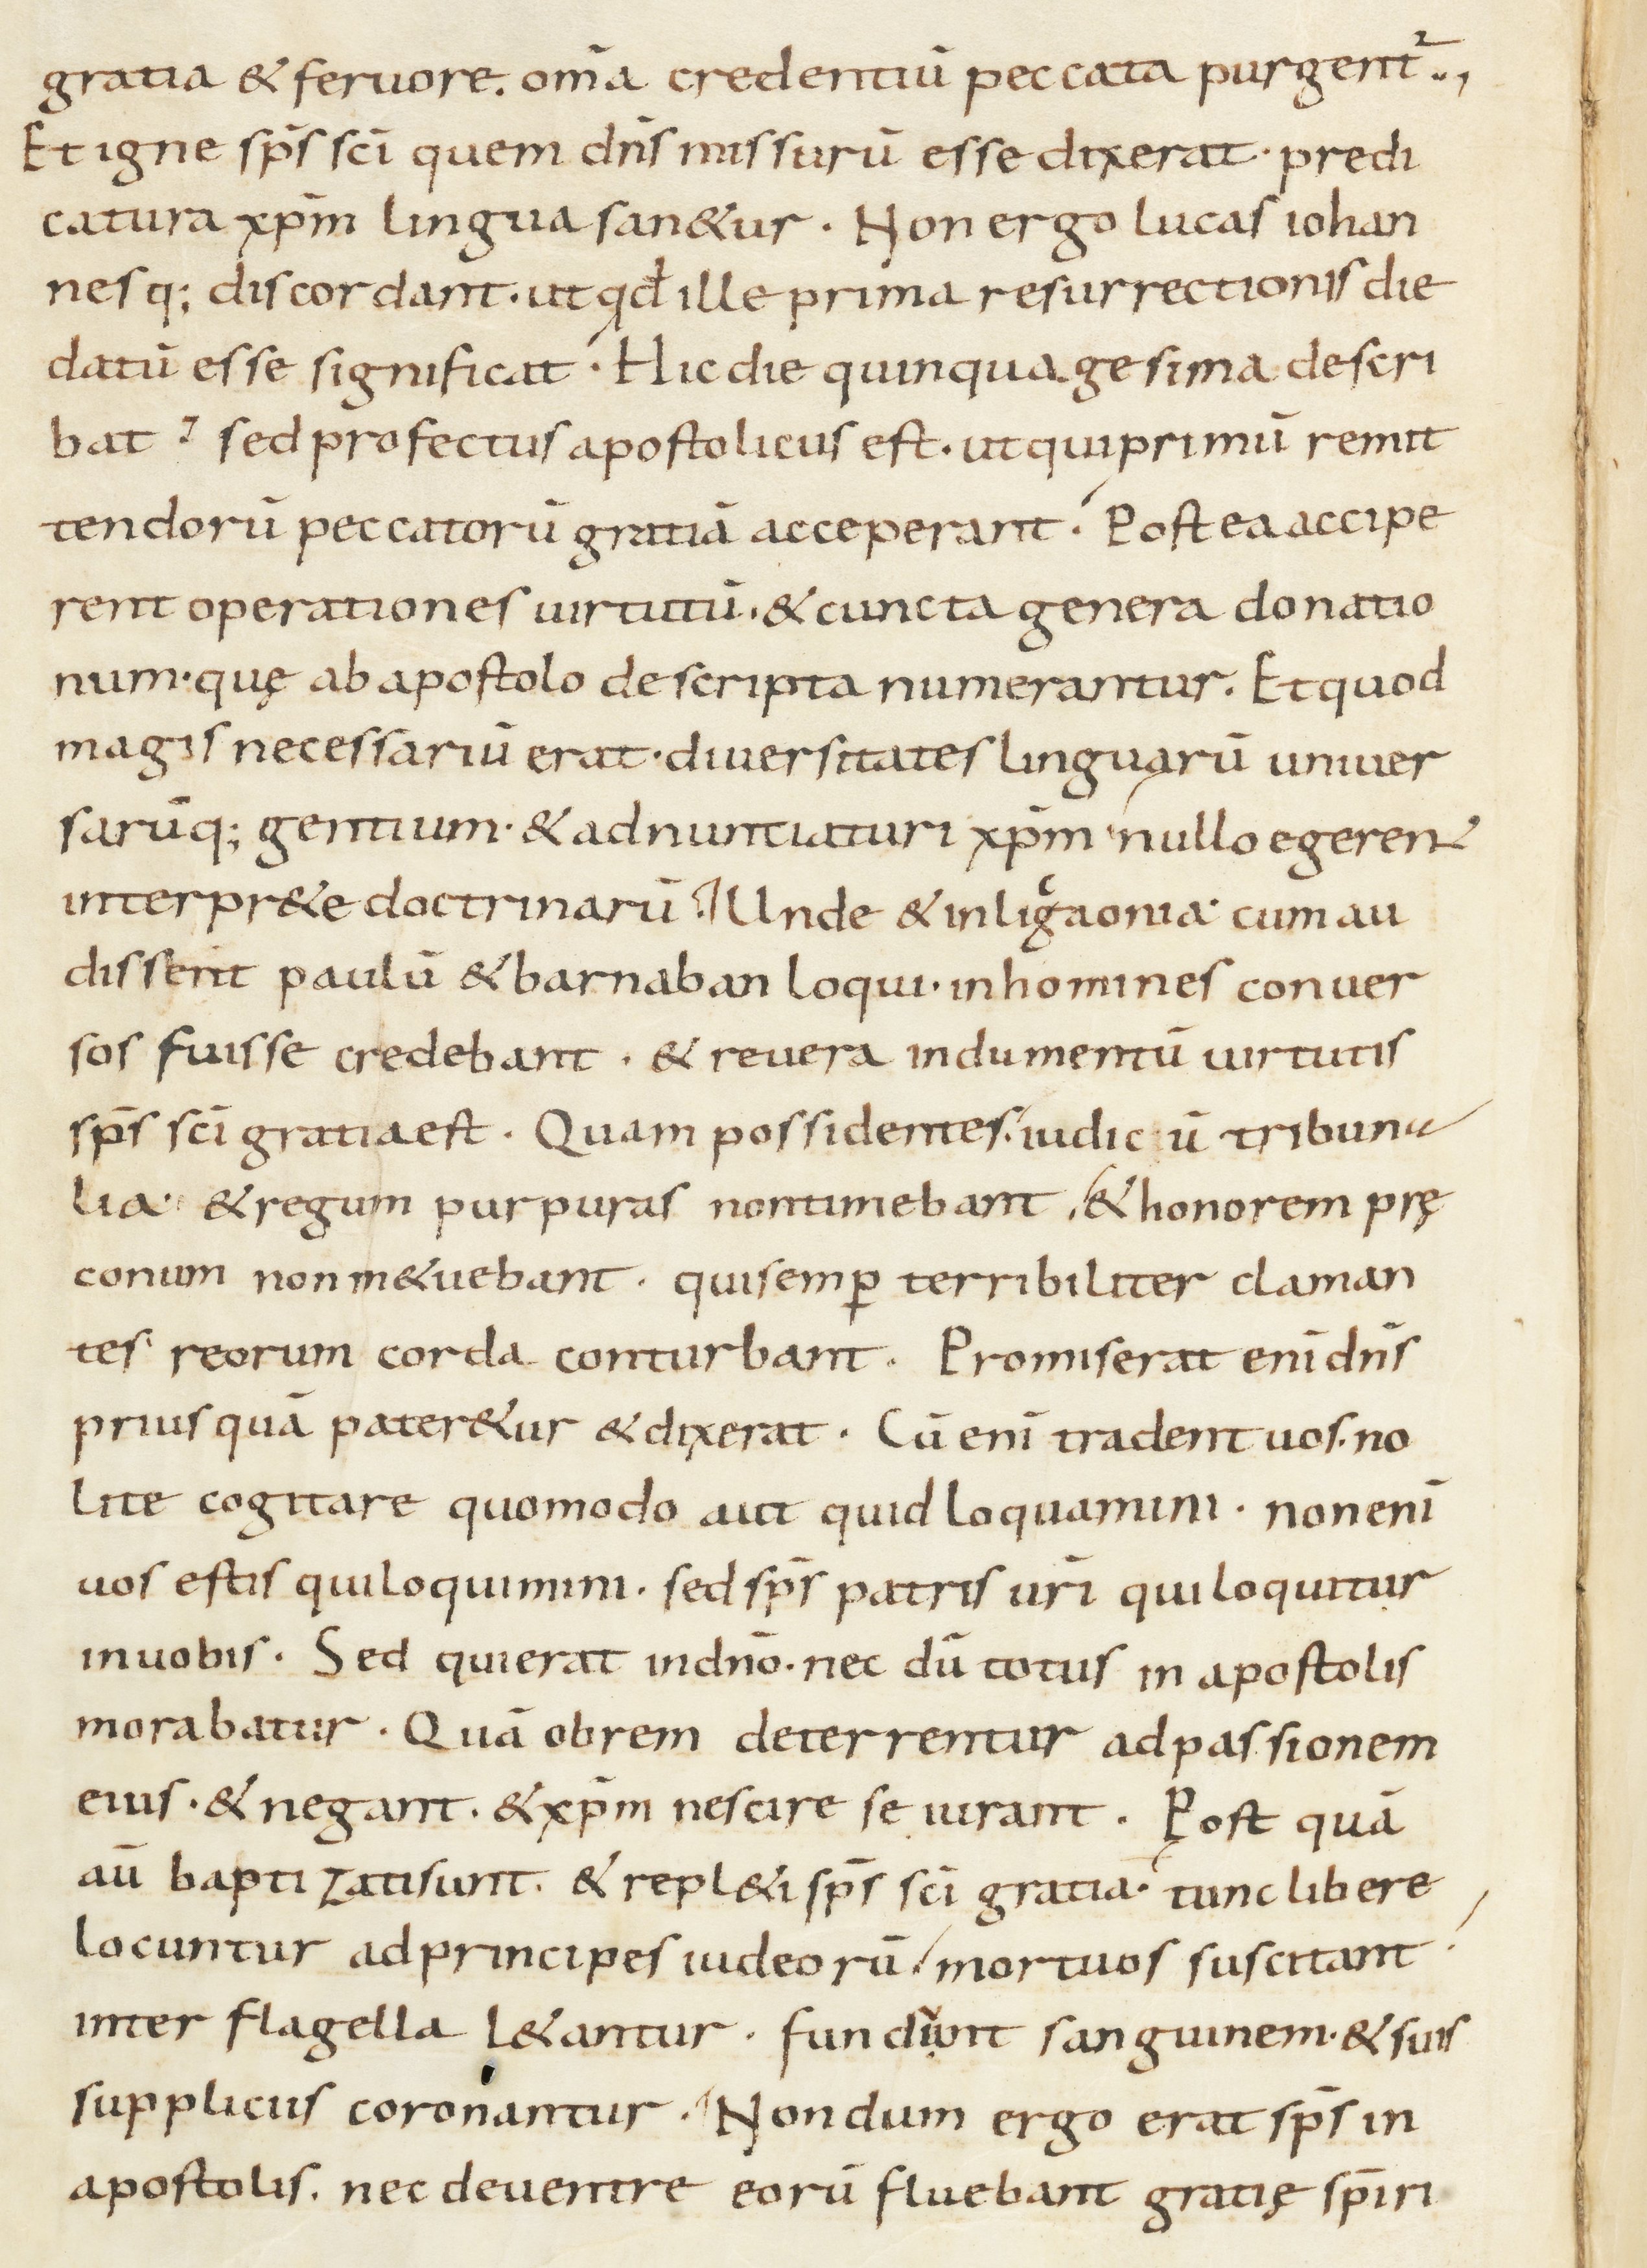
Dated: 800–899